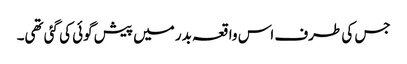
جس کی طرف اس واقعہ بدر میں پیش گوئی کی گئی تھی۔